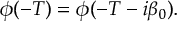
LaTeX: \phi ( - T ) = \phi ( - T - i \beta _ { 0 } ) .